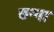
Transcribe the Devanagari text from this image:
छन्ना